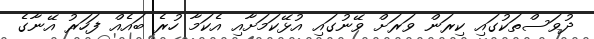
ދުވަސްތަކުގައި ކިރަން ވަރަށް ވޭނުގައި އުޅޭކަމަށާއި އެކަމާ ހުރެ ބައެއް ފަހަރު އޭނާގެ